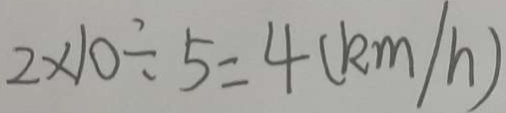
2 \times 1 0 \div 5 = 4 ( k m / h )